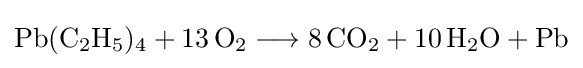
{\mathrm {Pb} (\mathrm {C} {\vphantom {A}}_{\smash[{t}]{2}}\mathrm {H} {\vphantom {A}}_{\smash[{t}]{5}}){\vphantom {A}}_{\smash[{t}]{4}}{}+{}13\,\mathrm {O} {\vphantom {A}}_{\smash[{t}]{2}}{}\mathrel {\longrightarrow } {}8\,\mathrm {CO} {\vphantom {A}}_{\smash[{t}]{2}}{}+{}10\,\mathrm {H} {\vphantom {A}}_{\smash[{t}]{2}}\mathrm {O} {}+{}\mathrm {Pb} }